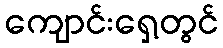
ကျောင်းရှေ့တွင်